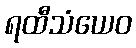
ရထီသံယေဝ